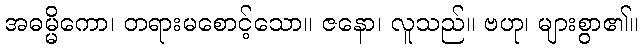
အဓမ္မိကော၊ တရားမစောင့်သော။ ဇနော၊ လူသည်။ ဗဟု၊ များစွာ၏။